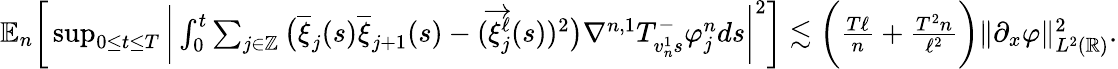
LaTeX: \begin{array}{r}{\mathbb{E}_{n}\bigg[\operatorname*{sup}_{0\le t\le T}\bigg|\int_{0}^{t}\sum_{j\in\mathbb{Z}}\big(\overline{{\xi}}_{j}(s)\overline{{\xi}}_{j+1}(s)-(\overrightarrow{\xi}_{j}^{\ell}(s))^{2}\big)\nabla^{n,1}T_{v_{n}^{1}s}^{-}\varphi_{j}^{n}ds\bigg|^{2}\bigg]\lesssim\bigg(\frac{T\ell}{n}+\frac{T^{2}n}{\ell^{2}}\bigg)\| \partial_{x}\varphi\| _{L^{2}(\mathbb{R})}^{2}.}\end{array}